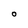
Character: O